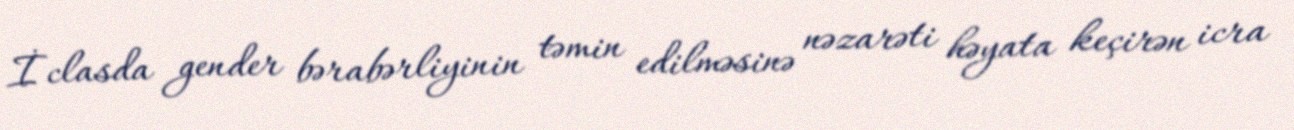
İclasda gender bərabərliyinin təmin edilməsinə nəzarəti həyata keçirən icra